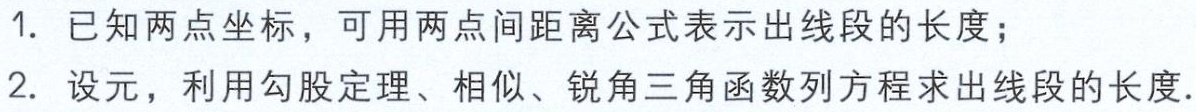
1. 已知两点坐标，可用两点间距离公式表示出线段的长度；

2. 设元，利用勾股定理、相似、锐角三角函数列方程求出线段的长度.